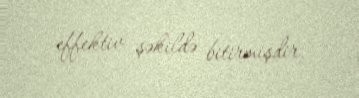
effektiv şəkildə bitirmişdir.